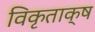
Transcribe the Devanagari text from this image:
विकृताक्ष